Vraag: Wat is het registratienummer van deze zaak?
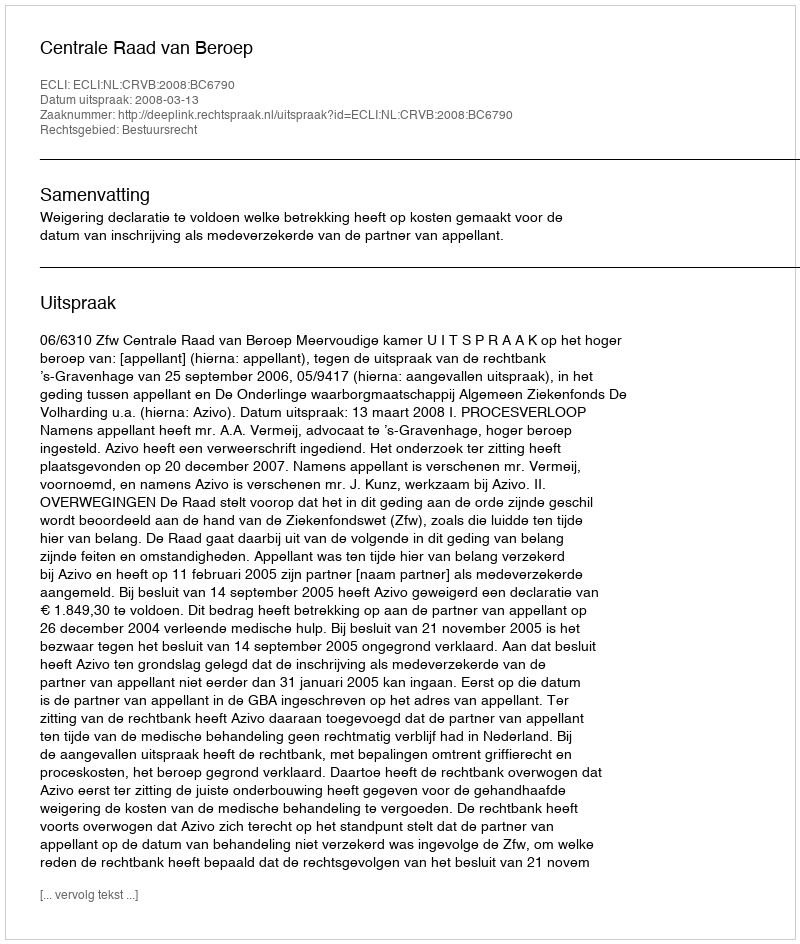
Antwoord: http://deeplink.rechtspraak.nl/uitspraak?id=ECLI:NL:CRVB:2008:BC6790